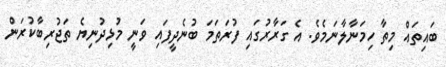
ބައިތައް މިތާ ހިމަނާލާނަމެވެ. އެ ގަރާރުގައި ފުރަތަމަ ބުނެދީފައި ވަނީ މުޅިދުނިޔެ ތަޖުރިބާކުރަން